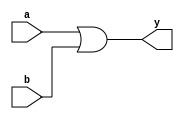
module or4(a,b,y);
input [3:0] a,b;
output [3:0] y;


assign y = a | b;

endmodule